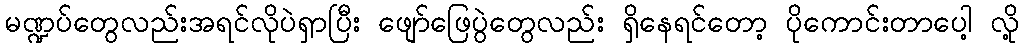
မဏ္ဍပ်တွေလည်းအရင်လိုပဲရှာပြီး ဖျော်ဖြေပွဲတွေလည်း ရှိနေရင်တော့ ပိုကောင်းတာပေါ့ လို့